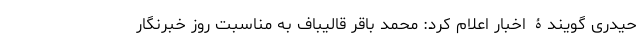
حیدری گویندۀ اخبار اعلام کرد: محمد باقر قالیباف به مناسبت روز خبرنگار